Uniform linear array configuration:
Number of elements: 4
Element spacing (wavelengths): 0.75
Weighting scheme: kaiser
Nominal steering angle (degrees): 30
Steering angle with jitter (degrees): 31.625
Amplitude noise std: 0.05
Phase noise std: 0.05

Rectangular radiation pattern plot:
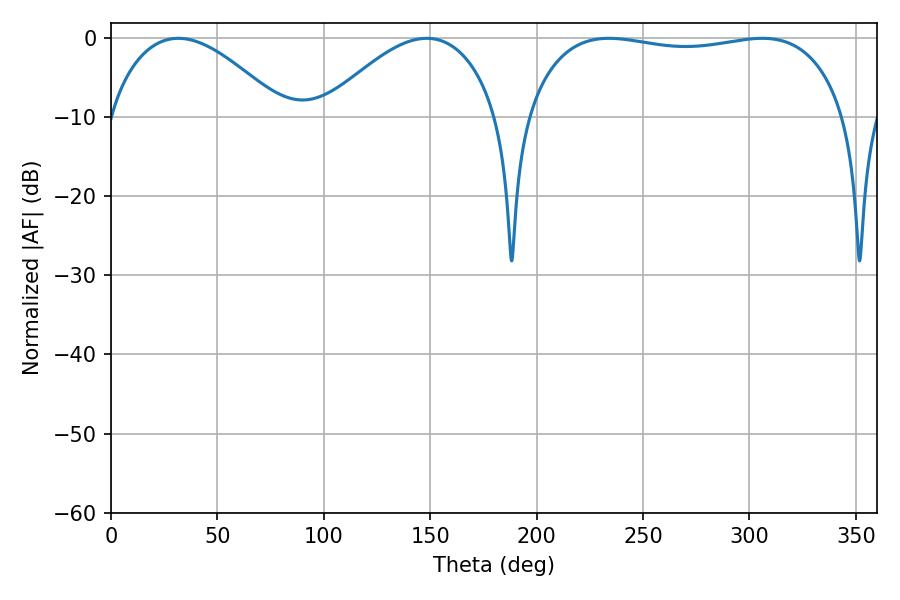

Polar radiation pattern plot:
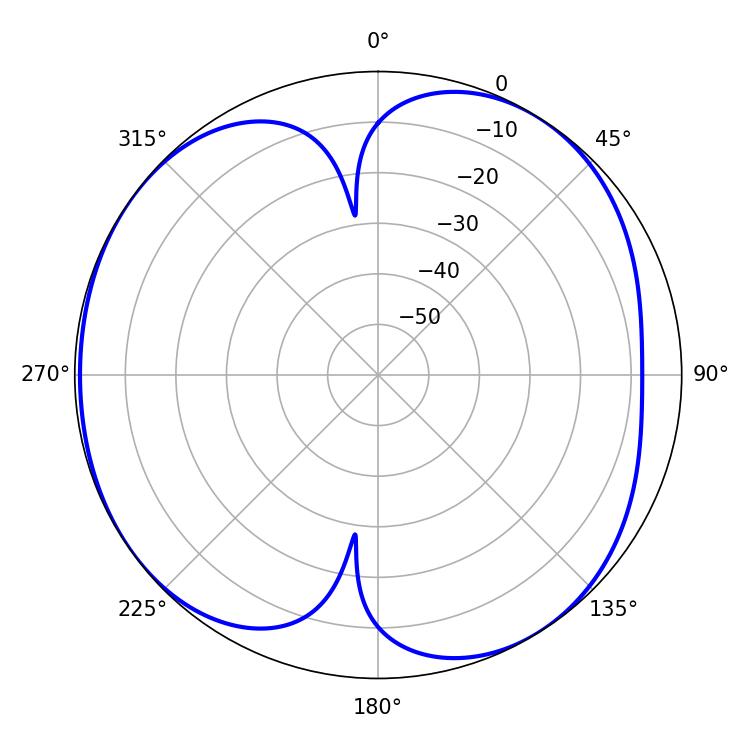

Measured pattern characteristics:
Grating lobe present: TRUE
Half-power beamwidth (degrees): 120.96
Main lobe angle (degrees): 234